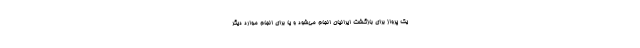
یک پرواز برای بازگشت ایرانیان انجام می‌شود و یا برای انجام موارد دیگر